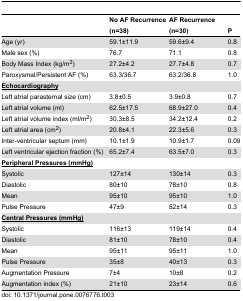
|  | No AF Recurrence (n=38) | AF Recurrence (n=30) | P |
 | --- | --- | --- | --- |
 | Age (yr) | 59.1±11.9 | 59.6±9.4 | 0.8 |
 | Male sex (%) | 76.7 | 71.1 | 0.8 |
 | Body Mass Index (kg/m2) | 27.2±4.2 | 27.7±4.8 | 0.7 |
 | Paroxysmal/Persistent AF (%) | 63.3/36.7 | 63.2/36.8 | 1.0 |
 | <underline>Echocardiography</underline> |  |  |  |
 | Left atrial parasternal size (cm) | 3.8±0.5 | 3.9±0.8 | 0.7 |
 | Left atrial volume (ml) | 62.5±17.5 | 68.9±27.0 | 0.4 |
 | Left atrial volume index (ml/m2) | 30.3±8.5 | 34.2±12.4 | 0.2 |
 | Left atrial area (cm2) | 20.8±4.1 | 22.3±5.6 | 0.3 |
 | Inter-ventricular septum (mm) | 10.1±1.9 | 10.9±1.7 | 0.09 |
 | Left ventricular ejection fraction (%) | 65.2±7.4 | 63.5±7.0 | 0.3 |
 | <underline>Peripheral Pressures (mmHg)</underline> |  |  |  |
 | Systolic | 127±14 | 130±14 | 0.3 |
 | Diastolic | 80±10 | 78±10 | 0.8 |
 | Mean | 95±10 | 95±10 | 1.0 |
 | Pulse Pressure | 47±9 | 52±14 | 0.3 |
 | <underline>Central Pressures (mmHg)</underline> |  |  |  |
 | Systolic | 116±13 | 119±14 | 0.4 |
 | Diastolic | 81±10 | 78±10 | 0.4 |
 | Mean | 95±11 | 95±11 | 1.0 |
 | Pulse Pressure | 35±8 | 40±13 | 0.3 |
 | Augmentation Pressure | 7±4 | 10±8 | 0.2 |
 | Augmentation index (%) | 21±10 | 23±14 | 0.6 |